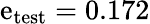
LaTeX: \mathrm{e}_{\mathrm{{t\mathrm{e}st}}}=0.172